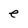
Character: e